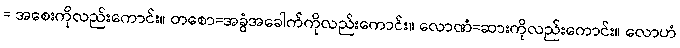
= အစေးကိုလည်းကောင်း။ တစော=အခွံအခေါက်ကိုလည်းကောင်း။ လောဏံ=ဆားကိုလည်းကောင်း။ လောဟံ